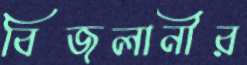
বিজলানীর